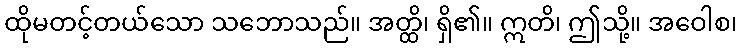
ထိုမတင့်တယ်သော သဘောသည်။ အတ္ထိ၊ ရှိ၏။ ဣတိ၊ ဤသို့။ အဝေါစ၊